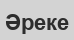
Әреке